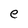
Character: e